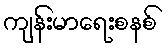
ကျန်းမာရေးစနစ်